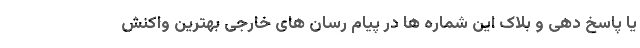
یا پاسخ دهی و بلاک این شماره ها در پیام رسان های خارجی بهترین واکنش